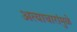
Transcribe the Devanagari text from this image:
अत्याचारांमुळे